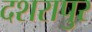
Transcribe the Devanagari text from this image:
दशरापुर